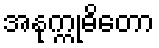
အနုက္ကုဓိတော